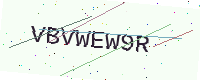
Text: VBVWEW9R